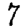
Digit: 7